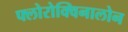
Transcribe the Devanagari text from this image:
फ्लोरोक्विनालोन